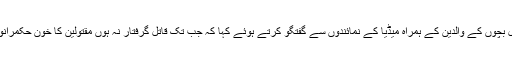
سراج الحق نے مقتول بچوں کے والدین کے ہمراہ میڈیا کے نمائندوں سے گفتگو کرتے ہوئے کہا کہ جب تک قاتل گرفتار نہ ہوں مقتولین کا خون حکمرانوں کی گردن پر ہے ۔